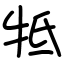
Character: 牴